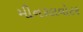
મીનરલવોટર